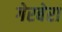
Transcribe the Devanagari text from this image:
गेरबेरा